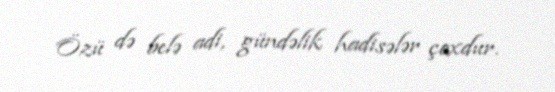
Özü də belə adi, gündəlik hadisələr çoxdur.